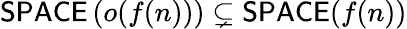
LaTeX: {\mathsf{SPACE}}\left(o(f(n))\right)\subsetneq{\mathsf{SPACE}}(f(n))